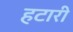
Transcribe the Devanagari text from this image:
हटारी